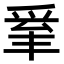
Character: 𤔒